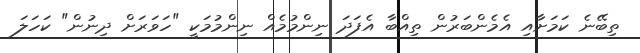
ތިބޭނެ ކަމަށާއި އެމެންބަރުން ތިއްބާ އެފަދަ ނިންމުމެއް ނިންމުމަކީ "ހަވަރަށް ދިނުން" ކަހަލަ